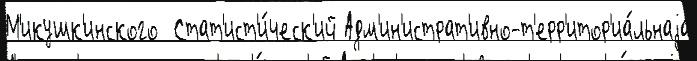
М'икушк'инского  Стат'ист'и́ческ'ий Адм'ин'истрат'ивно-т'ерр'итор'иа́льнаjа